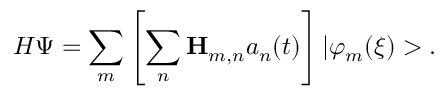
H \Psi = \sum _ { m } \left[ \sum _ { n } { \bf H } _ { m , n } a _ { n } ( t ) \right] | \varphi _ { m } ( \xi ) > .